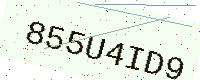
Text: 855U4ID9